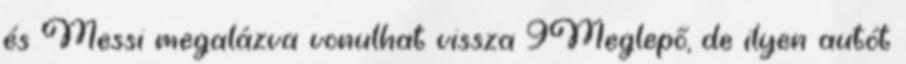
és Messi megalázva vonulhat vissza 9Meglepő, de ilyen autót